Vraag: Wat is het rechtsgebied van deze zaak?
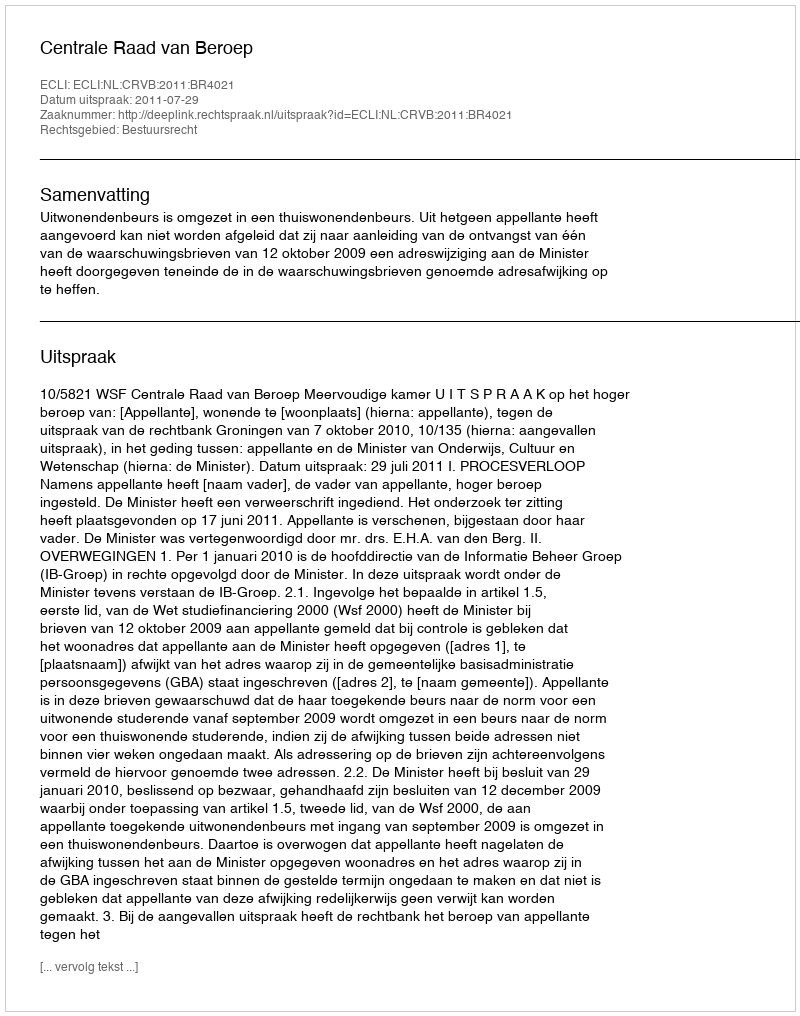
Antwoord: Bestuursrecht